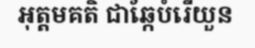
អុត្តមគតិ ជាឆ្កែបំរើយួន